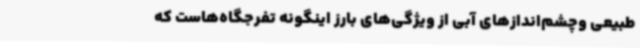
طبیعی وچشم‌اندازهای آبی از ویژگی‌های بارز اینگونه تفرجگاه‌هاست که